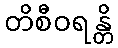
တိစီဝရန္တိ